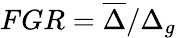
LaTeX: FGR=\overline{{\Delta}}/\Delta_{g}